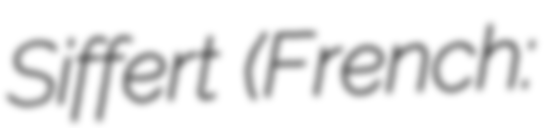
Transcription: Siffert (French: